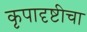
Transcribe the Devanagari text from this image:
कृपादृष्टीचा